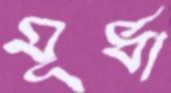
মূর্ধা